Vaccine operations Central Provinces 1868-1885 - 1868-1885
Year: 1868
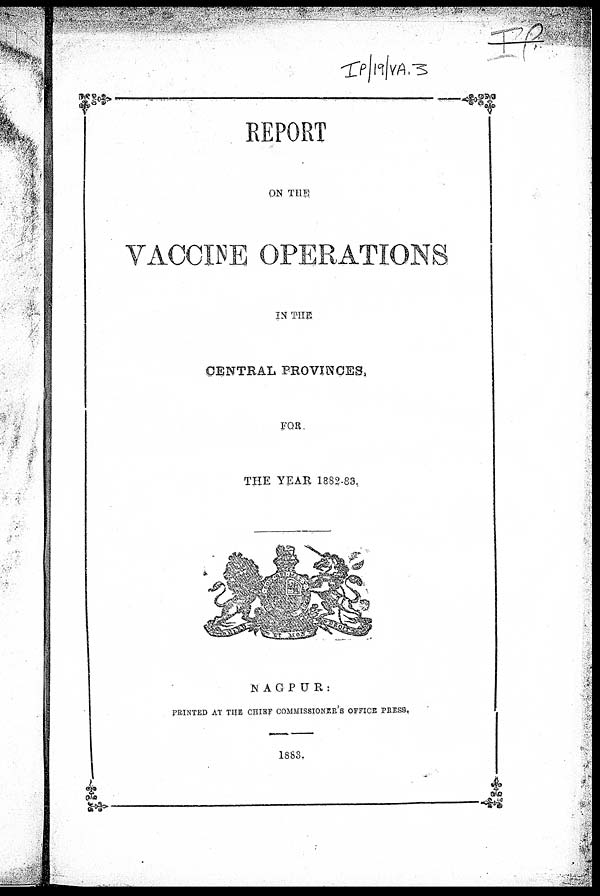
REPORT
ON THE
VACCINE OPERATIONS
IN THE
CENTRAL PROVINCES,
FOR.
THE YEAR 1882-83.
NAGPUR
PRINTED AT THE CHIEF COMMISSIONER'S OFFICE PRESS,
1883.